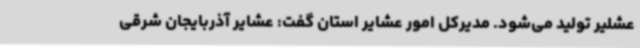
عشلیر تولید می‌شود. مدیرکل امور عشایر استان گفت: عشایر آذربایجان شرقی